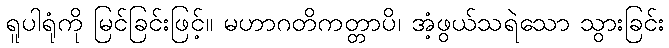
ရူပါရုံကို မြင်ခြင်းဖြင့်။ မဟာဂတိကတ္တာပိ၊ အံ့ဖွယ်သရဲသော သွားခြင်း